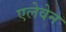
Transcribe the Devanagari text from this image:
एलेवेन